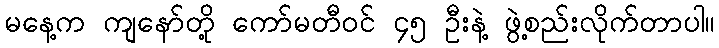
မနေ့က ကျနော်တို့ ကော်မတီဝင် ၄၅ ဦးနဲ့ ဖွဲ့စည်းလိုက်တာပါ။